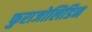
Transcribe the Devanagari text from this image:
फुराजोलिडिन